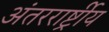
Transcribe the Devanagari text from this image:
अंतररार्ष्ट्रीय